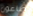
طاعون